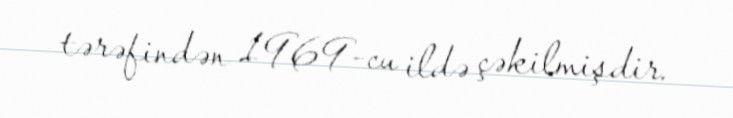
tərəfindən 1969-cu ildə çəkilmişdir.